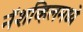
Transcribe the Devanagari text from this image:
नॅशव्हिलमध्ये